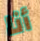
أنا